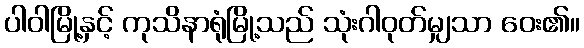
ပါဝါမြို့နှင့် ကုသိနာရုံမြို့သည် သုံးဂါဝုတ်မျှသာ ဝေး၏။